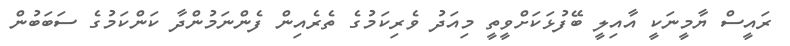
ރައީސް ޔާމީނަކީ އާއިލީ ބޭފުޅަކަށްވީތީ މިއަދު ވެރިކަމުގެ ތެރެއިން ފެންނަމުންދާ ކަންކަމުގެ ސަބަބުން